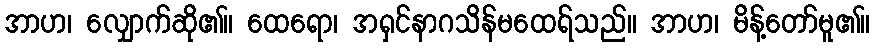
အာဟ၊ လျှောက်ဆို၏။ ထေရော၊ အရှင်နာဂသိန်မထေရ်သည်။ အာဟ၊ မိန့်တော်မူ၏။